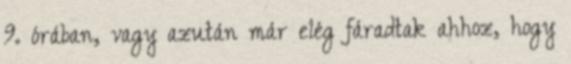
9. órában, vagy azután már elég fáradtak ahhoz, hogy